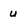
Character: u